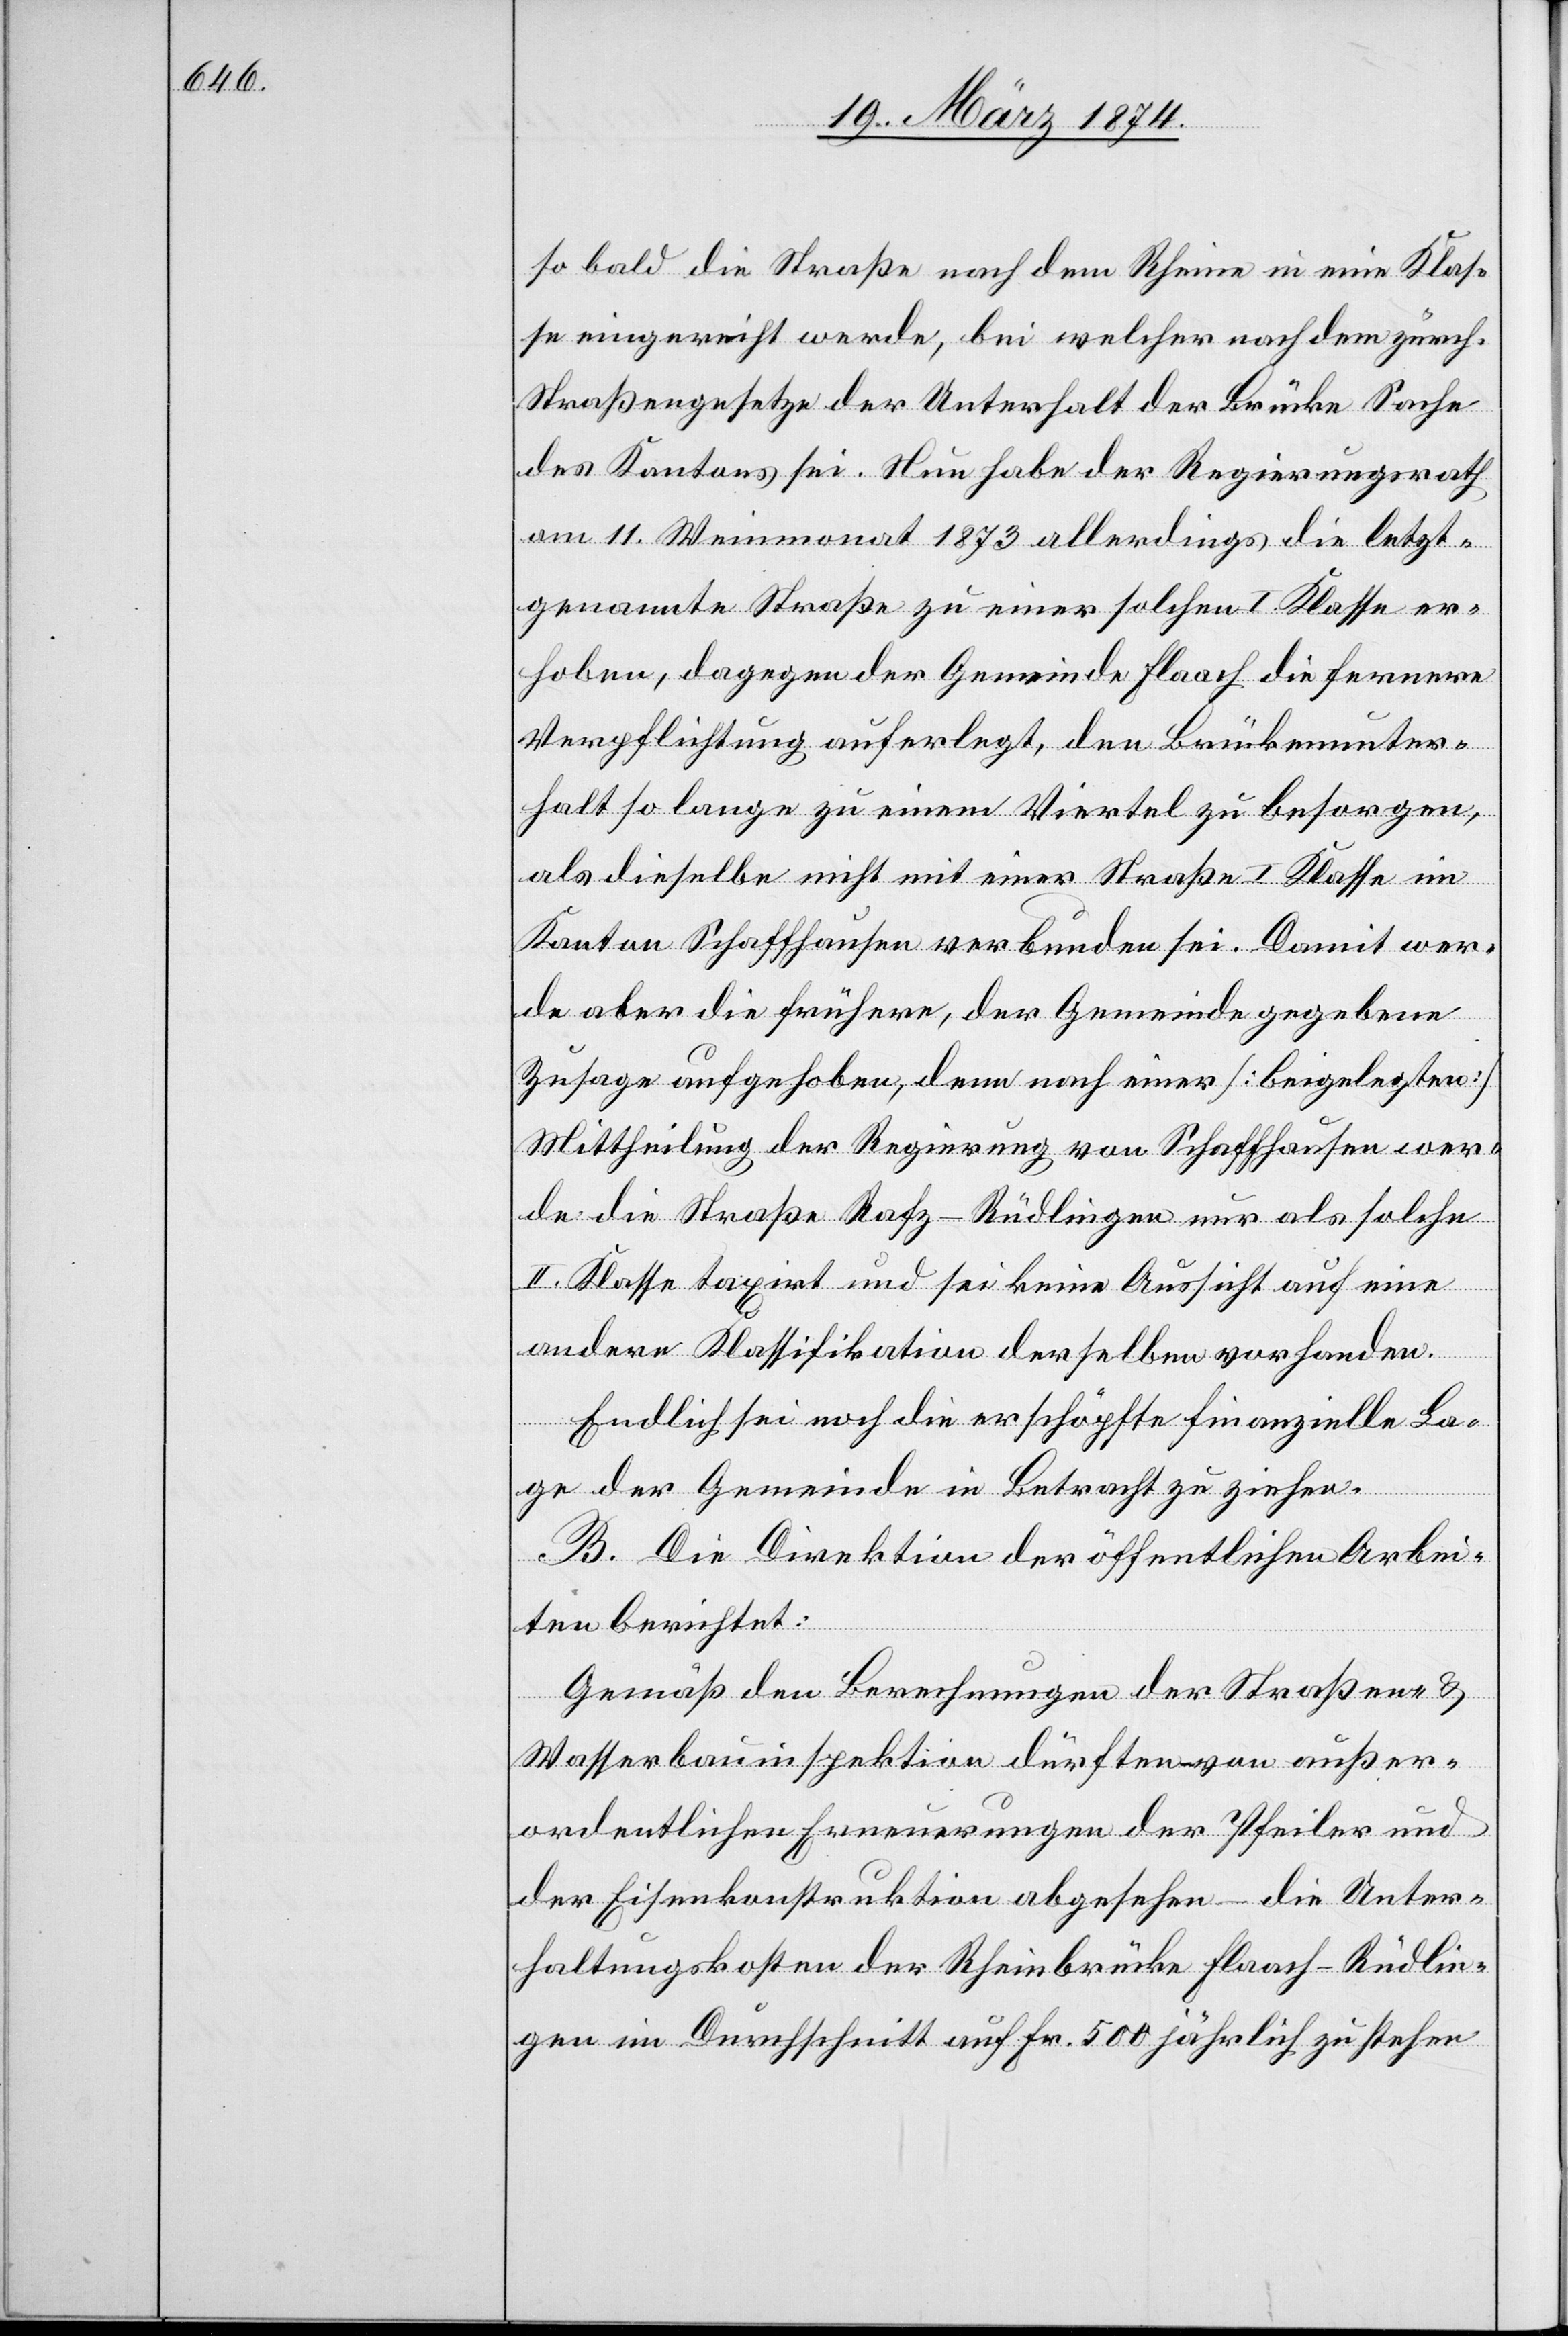
so bald die Straße nach dem Rheine in eine Klas¬
se eingereicht werde, bei welcher nach dem zürch.
Straßengesetze der Unterhalt der Brücke Sache
des Kantons sei. Neu habe der Regierungsrath
am 11. Weinmonat 1873 allerdings die letzt¬
genannte Straße zu einer solchen I. Klasse er¬
hoben, dagegen der Gemeinde Flaach die fernere
Verpflichtung auferlegt, den Brückenunter¬
halt so lange zu einem Viertel zu besorgen,
als dieselbe nicht mit einer Straße I. Klasse im
Kanton Schaffhausen verbunden sei. Damit wer¬
de aber die frühere, der Gemeinde gegebene
Zusage aufgehoben, denn nach einer [beigelegten]
Mittheilung der Regierung von Schaffhausen wer¬
de die Straße Rafz-Rüdlingen nur als solche
II. Klasse taxirt und sei keine Aussicht auf eine
andere Klassifikation derselben vorhanden.
Endlich sei noch die erschöpfte finanzielle La¬
ge der Gemeinde in Betracht zu ziehen.
B. Die Direktion der öffentlichen Arbei¬
ten berichtet:
Gemäß den Berechnungen der Straßen- u.
Wasserbauinspektion dürften von außer¬
ordentlichen Erneuerungen der Pfeiler und
der Eisenkonstruktion abgesehen – die Unter¬
haltungskosten der Rheinbrücke Flaach-Rüdlin¬
gen im Durchschnitt auf Fr. 500 jährlich zu stehen